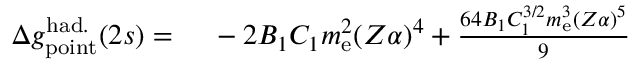
\begin{array} { r l } { \Delta { g } _ { \mathrm { p o i n t } } ^ { \mathrm { h a d . } } ( 2 s ) = \ } & { { } - 2 B _ { 1 } C _ { 1 } m _ { \mathrm { e } } ^ { 2 } ( Z \alpha ) ^ { 4 } + \frac { 6 4 B _ { 1 } C _ { 1 } ^ { 3 / 2 } m _ { \mathrm { e } } ^ { 3 } ( Z \alpha ) ^ { 5 } } { 9 } } \end{array}